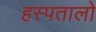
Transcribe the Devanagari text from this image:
हस्पतालो